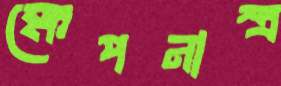
ক্ষেপনাস্ত্র